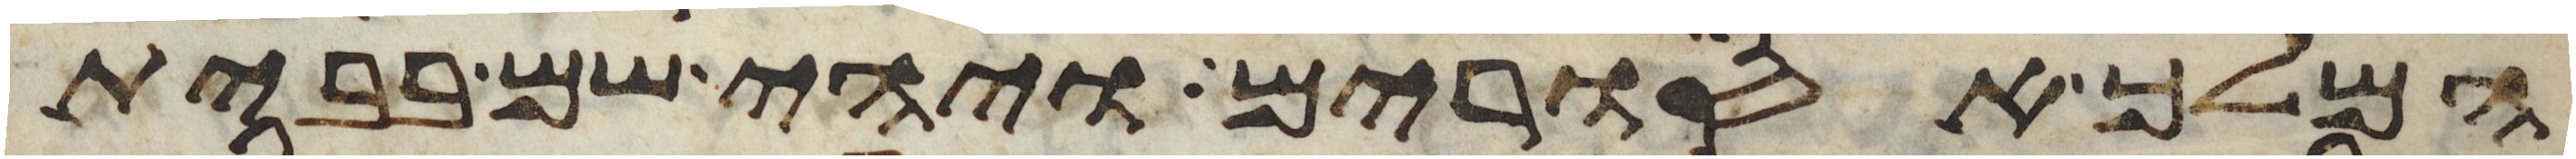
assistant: המלך אסורים ויהי שם בבית